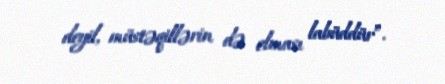
deyil, müstəqillərin də olması labüddür”.